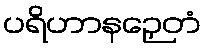
ပရိဟာနဉှေတံ